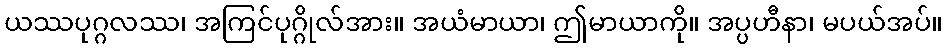
ယဿပုဂ္ဂလဿ၊ အကြင်ပုဂ္ဂိုလ်အား။ အယံမာယာ၊ ဤမာယာကို။ အပ္ပဟီနာ၊ မပယ်အပ်။